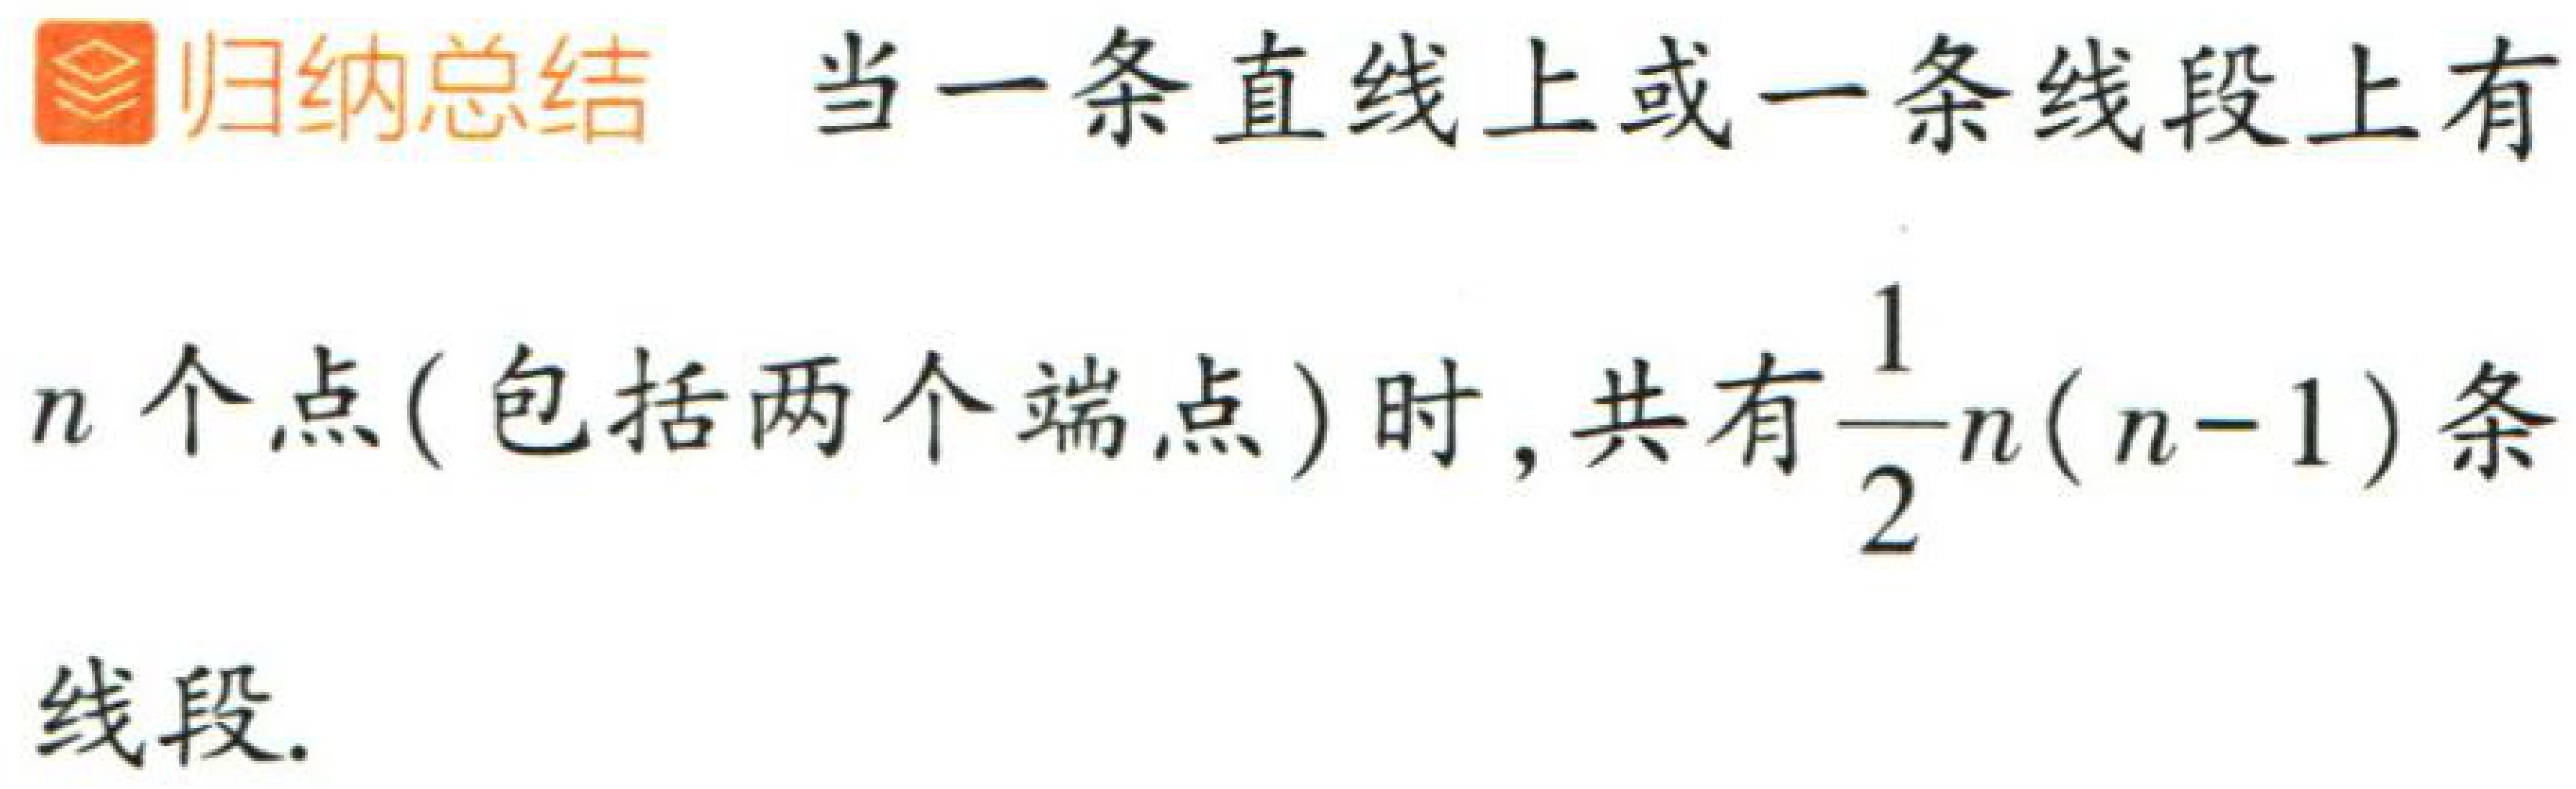
归纳总结 当一条直线上或一条线段上有\(n\)个点(包括两个端点)时, 共有\(\frac{1}{2}n(n - 1)\)条线段.